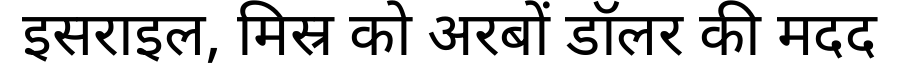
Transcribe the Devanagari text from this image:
इसराइल, मिस्र को अरबों डॉलर की मदद